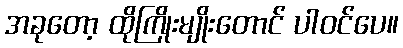
အခုတော့ ထိုကြိုးမျိုးတောင် ပါဝင်ပေ။